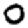
Digit: 0